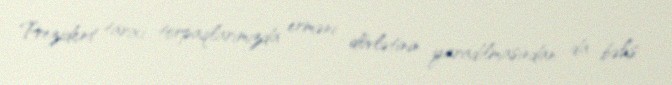
Prezident tarixi torpaqlarımızda erməni dövlətinin yaradılmasından da bəhs